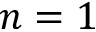
n = 1